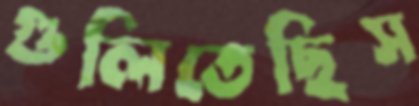
গুলিতেছিস